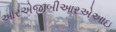
આરએજીબીઆરએઆઇ